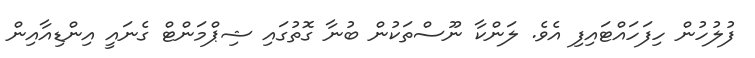
ފުލުހުން ހިފަހައްޓައިފި އެވެ. ލަންކާ ނޫސްތަކުން ބުނާ ގޮތުގައި ޝިޕްމަންޓް ގެނައީ އިންޑިއާއިން